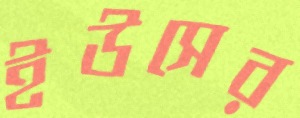
ইউসের